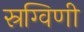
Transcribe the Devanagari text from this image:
स्रग्विणी